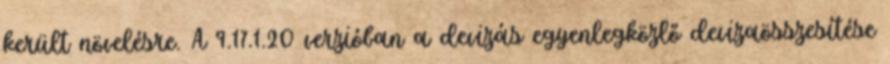
került növelésre. A 9.17.1.20 verzióban a devizás egyenlegközlő devizaösszesítése